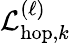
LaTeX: \mathcal{L}_{\mathrm{hop},k}^{(\ell)}